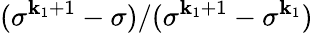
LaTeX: (\sigma^{\mathbf{k}_{1}+1}-\sigma)/(\sigma^{\mathbf{k}_{1}+1}-\sigma^{\mathbf{k}_{1}})